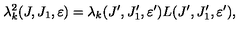
\lambda _ { k } ^ { 2 } ( J , J _ { 1 } , \varepsilon ) = \lambda _ { k } ( J ^ { \prime } , J _ { 1 } ^ { \prime } , \varepsilon ^ { \prime } ) L ( J ^ { \prime } , J _ { 1 } ^ { \prime } , \varepsilon ^ { \prime } ) ,